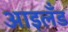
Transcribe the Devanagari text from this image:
आइलॅंड